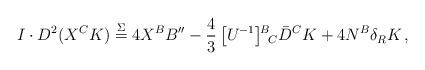
LaTeX: \begin{align*}I\cdot D^2( X^CK) \stackrel\Sigma= 4X^B B^{\prime\prime}-\frac43\, \big[U^{-1}\big]{}^{\!B}{}_{\!C} \bar D^C K+4N^B\delta_R K \, ,\end{align*}